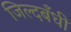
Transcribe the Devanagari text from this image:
जिल्दबँधी